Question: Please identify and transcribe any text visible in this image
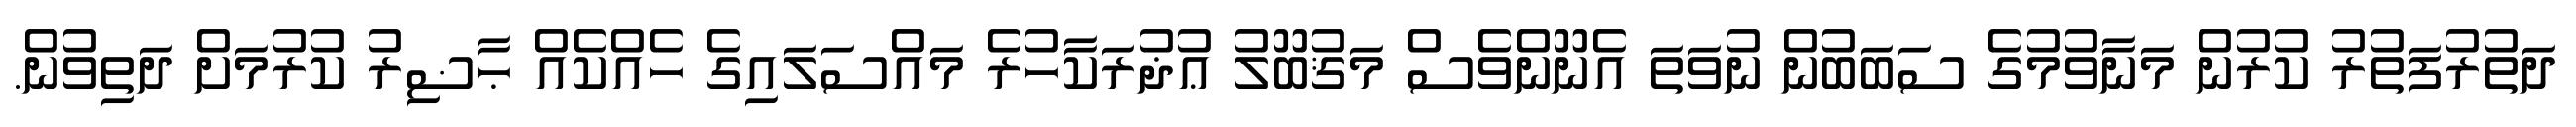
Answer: ދަތުރުފަތުރު ކުރުން މަނާވުމުގެ ސަބަބުން ނުވަތަ އެނޫންވެސް މަޤުބޫލު ޢުޛުރަކާހުރެ މައްސަލައިގެ ހެއްކެއް ޙާޟިރު ކުރުމަށް ދަތިވުން.